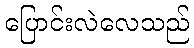
ပြောင်းလဲလေသည်